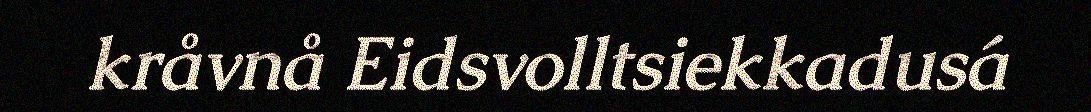
kråvnå Eidsvolltsiekkadusá